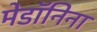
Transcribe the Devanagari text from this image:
मेडॉनिना